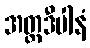
အတ္တဒီပါနံ